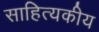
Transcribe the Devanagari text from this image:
साहित्यकीय